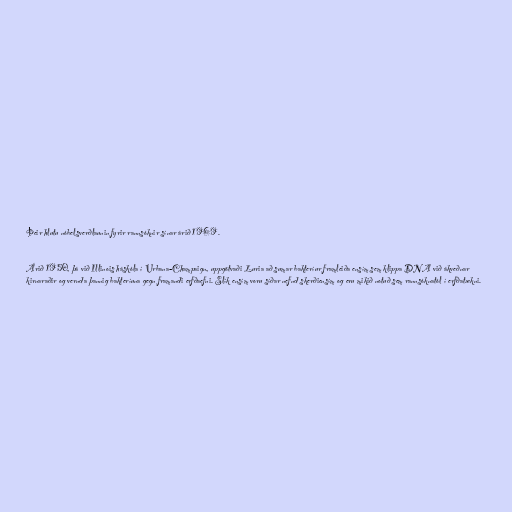
Þeir hlutu nóbelsverðlaunin fyrir rannsóknir sínar árið 1969.

Árið 1950, þá við Illinois háskóla í Urbana-Champaign, uppgötvaði Luria að sumar bakteríur framleiða ensím sem klippa DNA við ákveðnar
kirnaraðir og vernda þannig bakteríuna gegn framandi erfðaefni. Slík ensím voru síðar nefnd skerðiensím og eru mikið notuð sem rannsóknatól í erfðatækni.